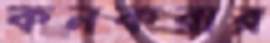
কনকরার